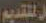
المتقديم